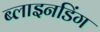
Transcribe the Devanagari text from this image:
ब्लाइनडिंग